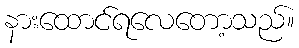
နားထောင်ရလေတော့သည်။